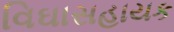
વિઘાસહાયક